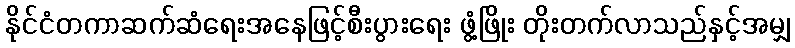
နိုင်ငံတကာဆက်ဆံရေးအနေဖြင့်စီးပွားရေး ဖွံ့ဖြိုး တိုးတက်လာသည်နှင့်အမျှ